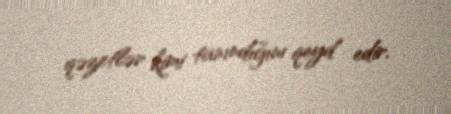
qəzetlər kimi tanındığını qeyd edir.